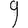
Digit: 9